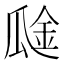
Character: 𰢞